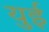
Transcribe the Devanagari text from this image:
युई